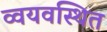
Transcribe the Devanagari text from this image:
व्वयवस्थित